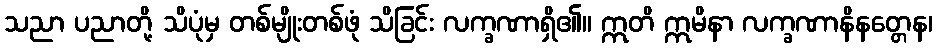
သညာ ပညာတို့ သိပုံမှ တစ်မျိုးတစ်ဖုံ သိခြင်း လက္ခဏာရှိ၏။ ဣတိ ဣမိနာ လက္ခဏာနိနတ္တေန၊